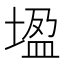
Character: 𡎠